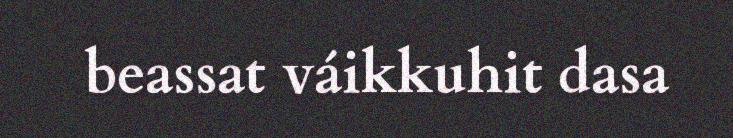
beassat váikkuhit dasa